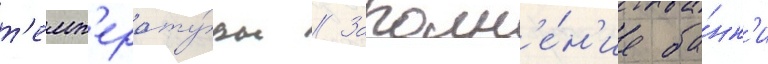
т'емп'ерату́ры // Заполн'е́н'ие ба́нк'и